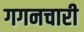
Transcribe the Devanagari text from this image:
गगनचारी